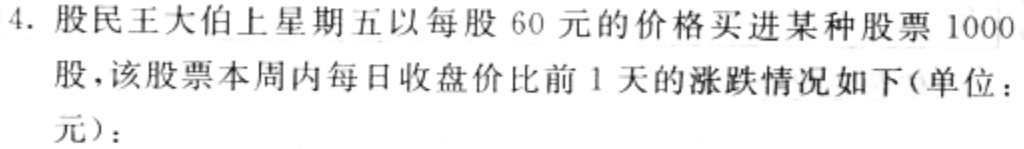
4. 股民王大伯上星期五以每股60元的价格买进某种股票1000股，该股票本周内每日收盘价比前1天的涨跌情况如下(单位：元)：